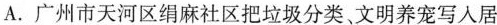
A.广州市天河区绢麻社区把垃圾分类、文明养宠写入居